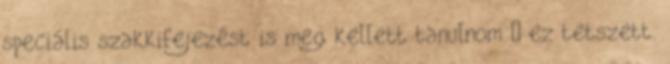
speciális szakkifejezést is meg kellett tanulnom – ez tetszett.